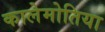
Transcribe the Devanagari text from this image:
कालेमोतिया